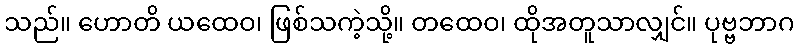
သည်။ ဟောတိ ယထေဝ၊ ဖြစ်သကဲ့သို့။ တထေဝ၊ ထိုအတူသာလျှင်။ ပုဗ္ဗဘာဂ